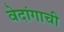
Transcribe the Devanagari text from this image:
वेदांगाची